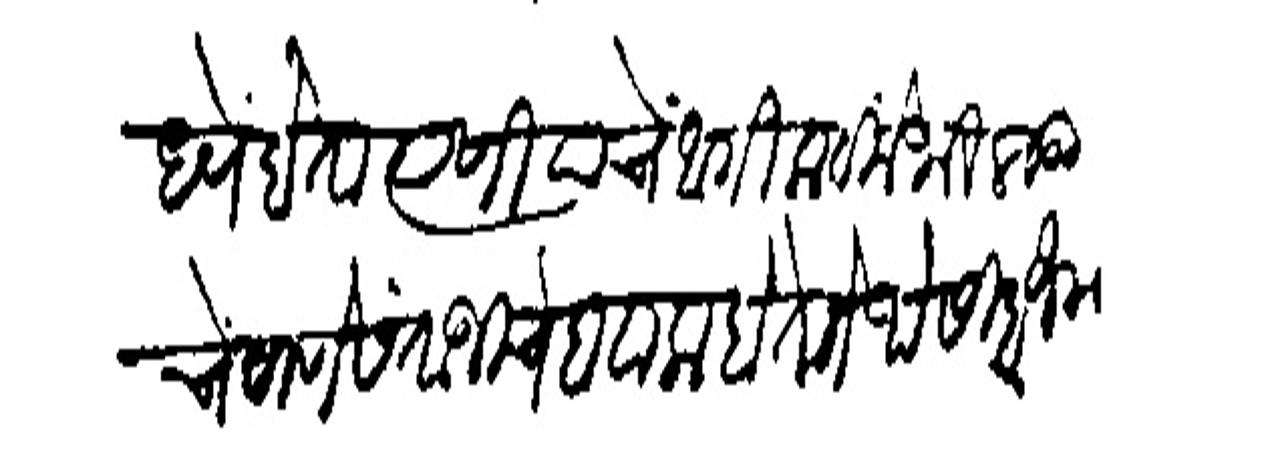
Transliteration (Devanagari): आष्टीमध्यें होता त्याणी याचें आंगी लाविले भिलवडी चे ठाणे संताजीचे हवाला होते तेथे सिदोजी